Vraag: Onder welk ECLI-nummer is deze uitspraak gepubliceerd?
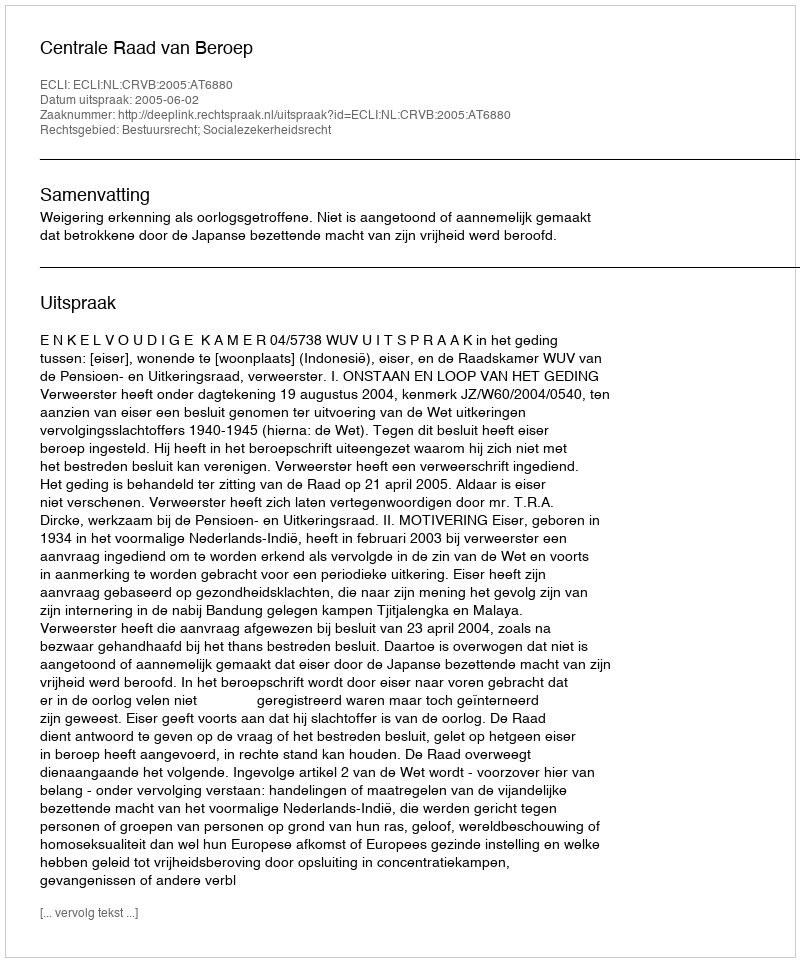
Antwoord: ECLI:NL:CRVB:2005:AT6880